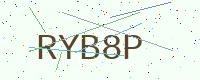
Text: RYB8P